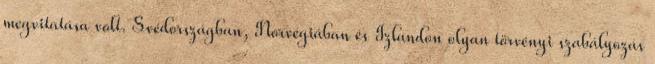
megvitatása volt. Svédországban, Norvégiában és Izlandon olyan törvényi szabályozás